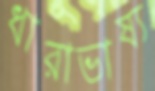
ধারাভাষ্য